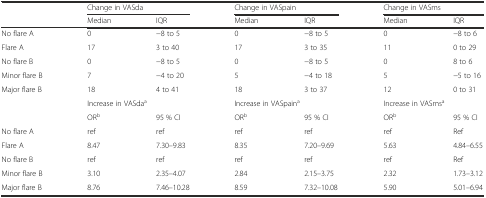
<table><thead><tr><td></td><td colspan="2"><b>Change in VASda</b></td><td colspan="2"><b>Change in VASpain</b></td><td colspan="2"><b>Change in VASms</b></td></tr><tr><td></td><td><b>Median</b></td><td><b>IQR</b></td><td><b>Median</b></td><td><b>IQR</b></td><td><b>Median</b></td><td><b>IQR</b></td></tr></thead><tbody><tr><td>No flare A</td><td>0</td><td>−8 to 5</td><td>0</td><td>−8 to 5</td><td>0</td><td>−8 to 6</td></tr><tr><td>Flare A</td><td>17</td><td>3 to 40</td><td>17</td><td>3 to 35</td><td>11</td><td>0 to 29</td></tr><tr><td>No flare B</td><td>0</td><td>−8 to 5</td><td>0</td><td>−8 to 5</td><td>0</td><td>8 to 6</td></tr><tr><td>Minor flare B</td><td>7</td><td>−4 to 20</td><td>5</td><td>−4 to 18</td><td>5</td><td>−5 to 16</td></tr><tr><td>Major flare B</td><td>18</td><td>4 to 41</td><td>18</td><td>3 to 37</td><td>12</td><td>0 to 31</td></tr><tr><td></td><td colspan="2">Increase in VASda<sup>a</sup></td><td colspan="2">Increase in VASpain<sup>a</sup></td><td colspan="2">Increase in VASms<sup>a</sup></td></tr><tr><td></td><td>OR<sup>b</sup></td><td>95 % CI</td><td>OR<sup>b</sup></td><td>95 % CI</td><td>OR<sup>b</sup></td><td>95 % CI</td></tr><tr><td>No flare A</td><td>ref</td><td>ref</td><td>ref</td><td>ref</td><td>ref</td><td>Ref</td></tr><tr><td>Flare A</td><td>8.47</td><td>7.30–9.83</td><td>8.35</td><td>7.20–9.69</td><td>5.63</td><td>4.84–6.55</td></tr><tr><td>No flare B</td><td>ref</td><td>ref</td><td>ref</td><td>ref</td><td>ref</td><td>Ref</td></tr><tr><td>Minor flare B</td><td>3.10</td><td>2.35–4.07</td><td>2.84</td><td>2.15–3.75</td><td>2.32</td><td>1.73–3.12</td></tr><tr><td>Major flare B</td><td>8.76</td><td>7.46–10.28</td><td>8.59</td><td>7.32–10.08</td><td>5.90</td><td>5.01–6.94</td></tr></tbody></table>